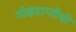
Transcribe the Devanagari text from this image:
मोक्षप्राप्तीची